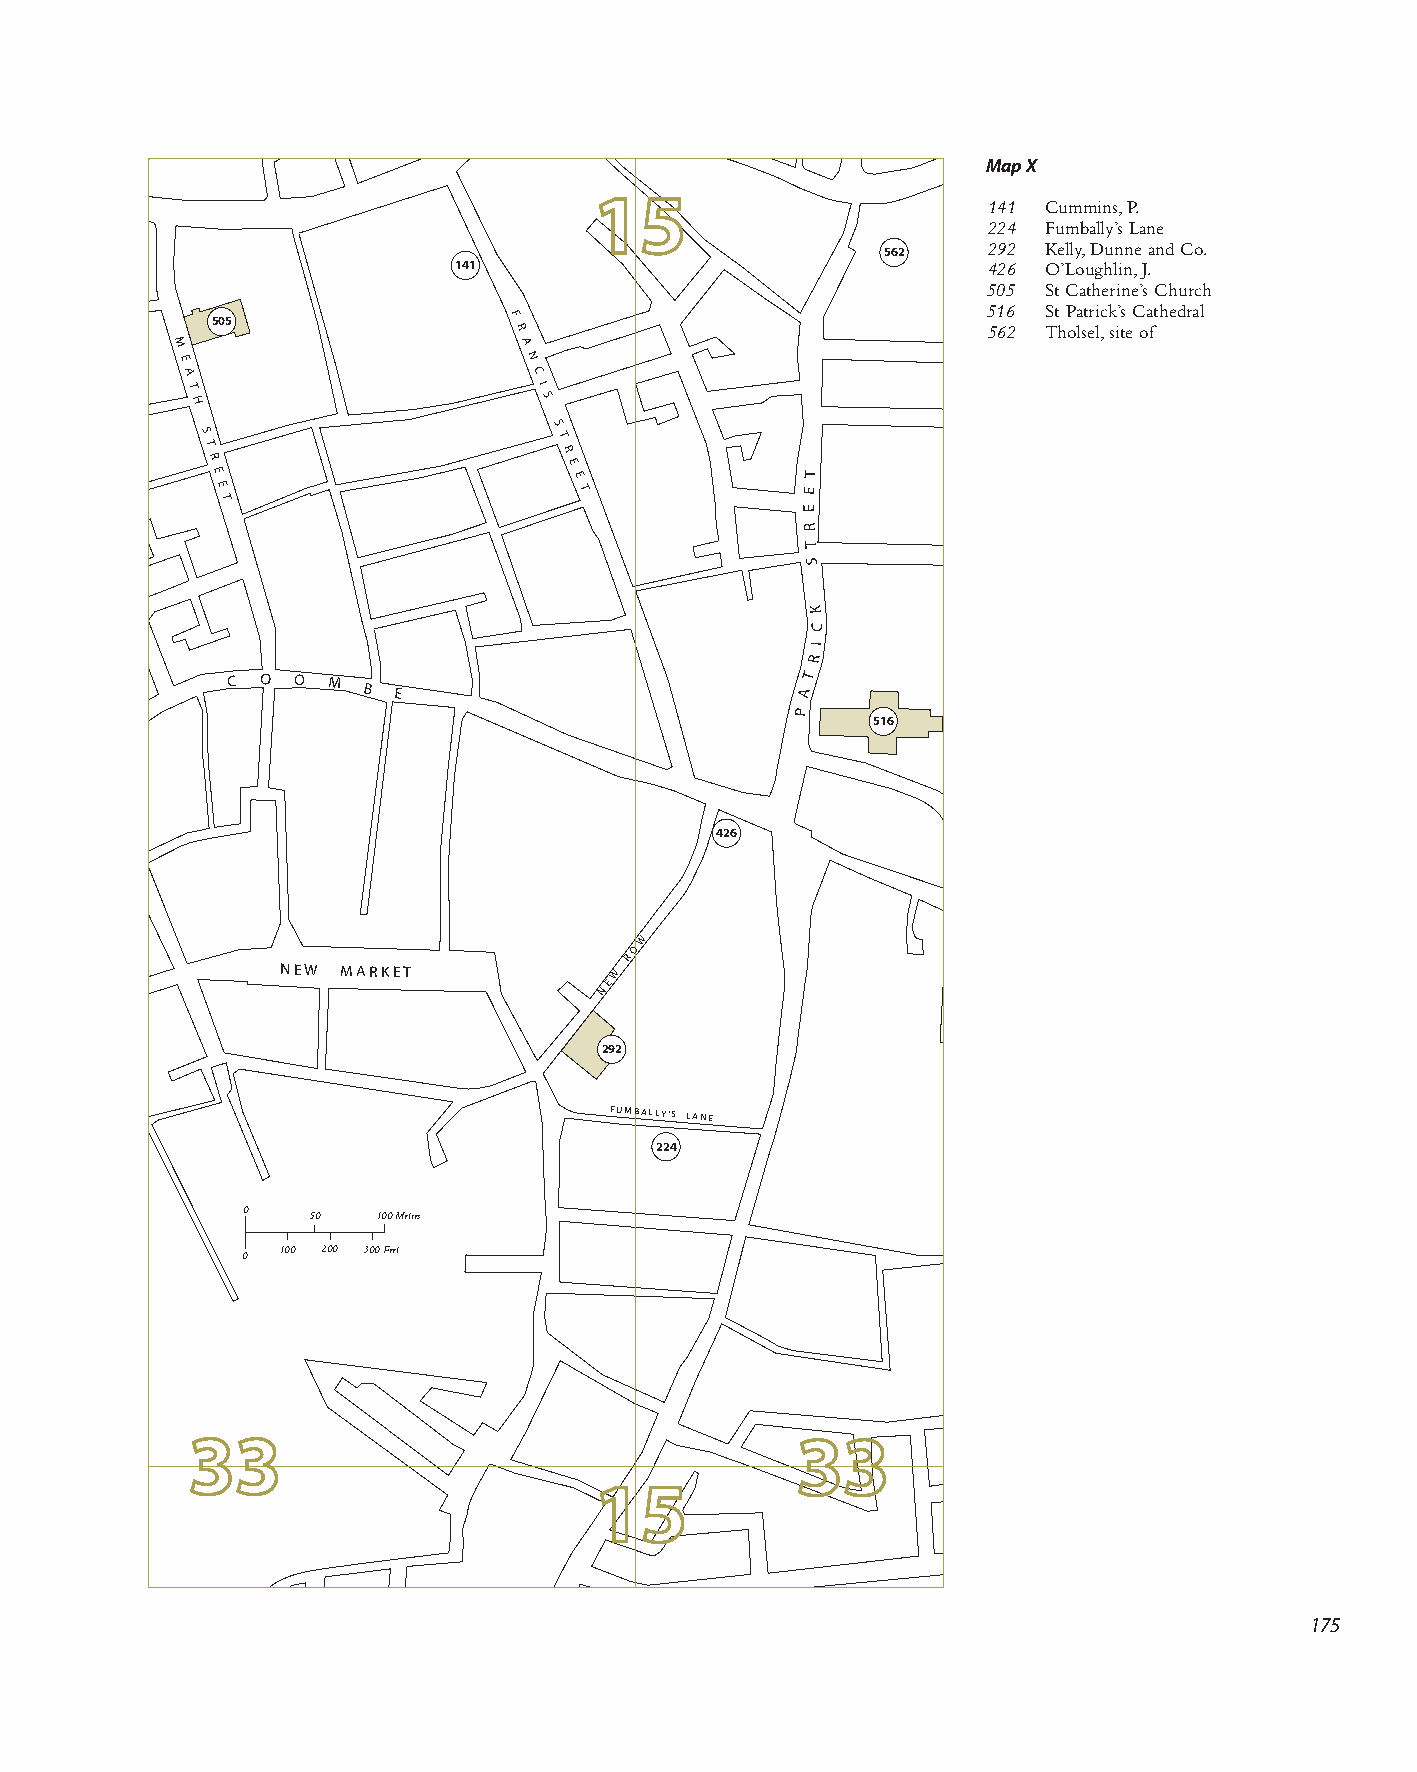
Map X
 141 Cummins, P.
 224 Fumbally’s Lane
 292 Kelly, Dunne and Co.
 562
 141                                426 O’Loughlin, J.
 505 St Catherine’s Church
 516 St Patrick’s Cathedral
 M
 E
 A
 T
 H
 S
 T
 R
 E5
 E
 0
 T
 5                  F
 R
 A
 N
 C
 I
 S
 S
 T
 R
 E
 E
 T
 E
 E
 T
 562 Tholsel, site of
 R
 T
 S
 K
 C
 R
 I
 C O O  M
 B E                          A
 T
 P
 516
 426
 W
 N E W M A R K E T     W
 R
 O
 N
 E
 292
 F U M B A L L Y ' S L A N E
 224
 0   50   100 Metres
 0 100 200 300 Fe e t
 175
 431